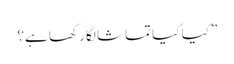
”کیا کیا تماشا لگا رکھا ہے؟